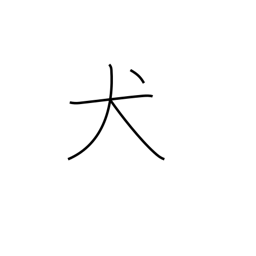
Meaning: dog